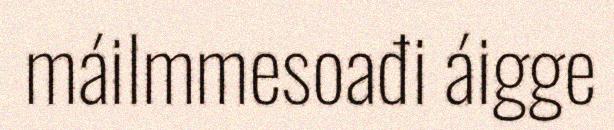
máilmmesoađi áigge